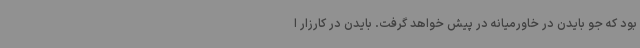
بود که جو بایدن در خاورمیانه در پیش خواهد گرفت. بایدن در کارزار ا